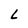
Character: L